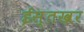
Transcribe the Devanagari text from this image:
ईस्तखर